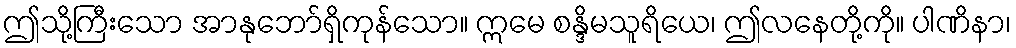
ဤသို့ကြီးသော အာနုဘော်ရှိကုန်သော။ ဣမေ စန္ဒိမသူရိယေ၊ ဤလနေတို့ကို။ ပါဏိနာ၊